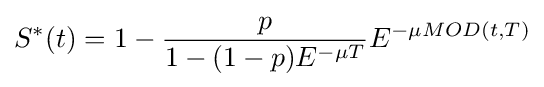
S^{*}(t)=1-{\frac {p}{1-(1-p)E^{-\mu T}}}E^{-\mu MOD(t,T)}